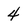
Character: 4